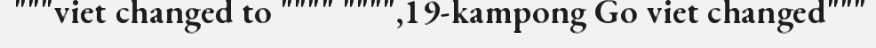
"""viet changed to """" """",19-kampong Go viet changed"""